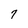
Character: 7